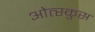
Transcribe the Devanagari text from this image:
ओत्स्कुस